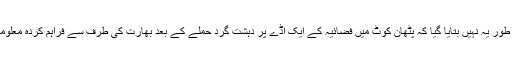
تاحال پاکستان کی طرف سے باضابطہ طور یہ نہیں بتایا گیا کہ پٹھان کوٹ میں فضائیہ کے ایک اڈے پر دہشت گرد حملے کے بعد بھارت کی طرف سے فراہم کردہ معلومات پر تحقیقات کا عمل کہاں تک پہنچا۔